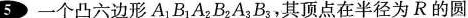
5 一个凸六边形A_{1}B_{1}A_{2}B_{2}A_{3}B_{3}，其顶点在半径为R的圆